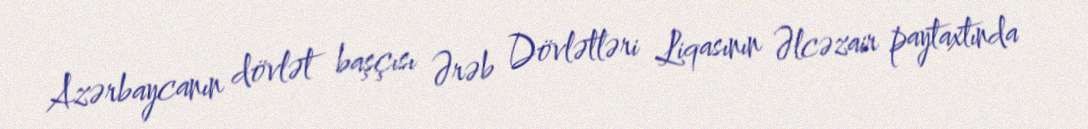
Azərbaycanın dövlət başçısı Ərəb Dövlətləri Liqasının Əlcəzair paytaxtında